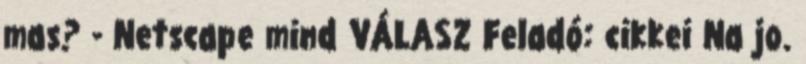
mas? - Netscape mind VÁLASZ Feladó: cikkei Na jo.